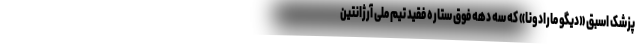
پزشک اسبق «دیگو مارادونا» که سه دهه فوق ستاره فقید تیم ملی آرژانتین